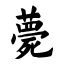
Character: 薨